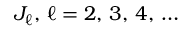
J _ { \ell } , \, \ell = 2 , \, 3 , \, 4 , \, \ldots